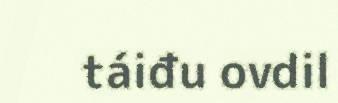
táiđu ovdil